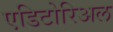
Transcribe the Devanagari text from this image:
एडिटोरिअल